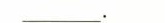
____。